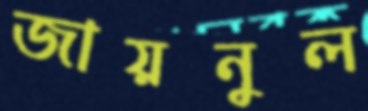
জায়নুল